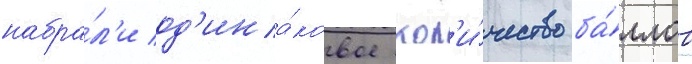
набра́л'и од'ина́ковое кол'и́чество ба́ллов